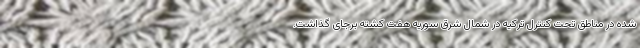
شده در مناطق تحت کنترل ترکیه در شمال شرق سوریه هفت کشته برجای گذاشت.